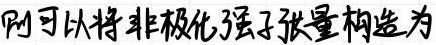
则可以将非极化强子张量构造为